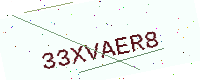
Text: 33XVAER8